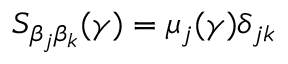
S _ { \beta _ { j } \beta _ { k } } ( \gamma ) = \mu _ { j } ( \gamma ) \delta _ { j k }